Report on horse surra - Volume II, Part I
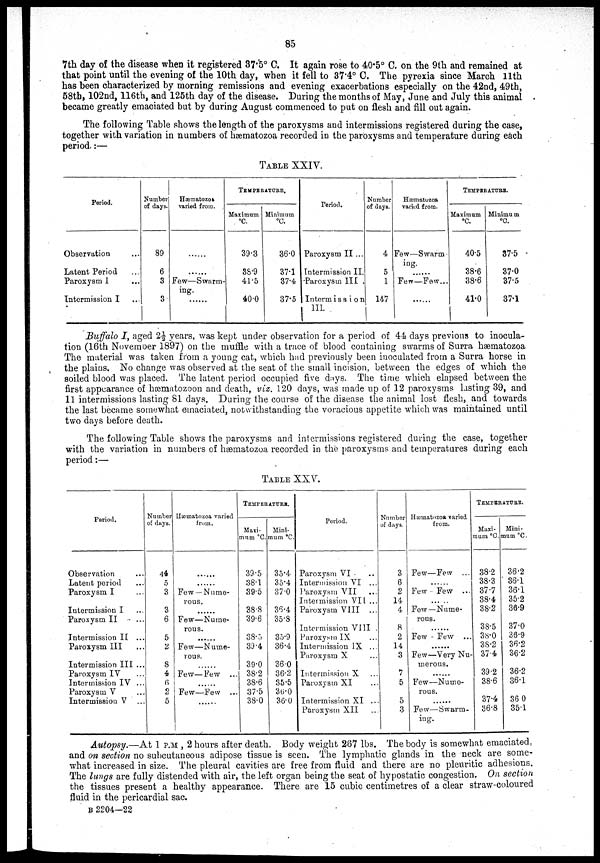
85
7th day of the disease when it registered 37.5° C. It again rose to 40.5° C. on the 9th and remained at
that point until the evening of the 10th day, when it fell to 37.4° C. The pyrexia since March 11th
has been characterized by morning remissions and evening exacerbations especially on the 42nd, 49th,
58th, 102nd, 116th, and 125th day of the disease. During the months of May, June and July this animal
became greatly emaciated but by during August commenced to put on flesh and fill out again.
The following Table shows the length of the paroxysms and intermissions registered during the case,
together with variation in numbers of hæmatozoa recorded in the paroxysms and temperature during each
period.:—
TABLE XXIV.
Period.
Observation ...
Latent Period ...
Paroxysm
I
...
Intermission I ...
Number
of days.
89
6
3
3
Hæmatozoa
varied from.
......
......
Few—Swarm-
ing.
TEMPERATURE.
Maximum
°C.
39.3
38.9
41.5
40.0
Minimum
°C.
36.0
37.1
37.4
37.5
Period.
Paroxysm II ...
Intermission II.
Paroxysm III.
Intermission
III.
Number
of days.
4
5
1
147
Hæmatozoa
varied from.
Few—Swarm-
ing.
Few—Few...
......
TEMPERATURE.
Maximum
°C.
40.5
38.6
38.6
41.0
Minium m
°C.
37.5
37.0
37.5
37.1
Buffalo I, aged 2½ years, was kept under observation for a period of 44 days previous to inocula-
tion (16th November 1897) on the muffle with a trace of blood containing swarms of Surra hæmatozoa
The material was taken from a young cat, which had previously been inoculated from a Surra horse in
the plains. No change was observed at the seat of the small incision, between the edges of which the
soiled blood was placed. The latent period occupied five days. The time which elapsed between the
first appearance of hæmatozoon and death, viz. 120 days, was made up of 12 paroxysms lasting 39, and
11 intermissions lasting 81 days. During the course of the disease the animal lost flesh, and towards
the last became somewhat emaciated, notwithstanding the voracious appetite which was maintained until
two days before death.
The following Table shows the paroxysms and intermissions registered during the case, together
with the variation in numbers of hæmatozoa recorded in the paroxysms and temperatures during each
period:—
TABLE XXV.
Period.
Observation ...
Latent period ...
Paroxysm I ...
Intermission I ...
Paroxysm II
...
Intermission II ...
Paroxysm III ...
Intermission III ...
Paroxysm IV ...
Intermission IV ...
Paroxysm V ...
Intermission V ...
Number
of days.
44
5
3
3
6
5
2
8
4
6
2
5
Hæmatozoa varied
from.
......
......
Few —Nume-
rous.
......
Few—Nume-
rous.
......
Few—Nume-
rous.
......
Few—Few ...
......
Few—Few ...
......
TEMPERATURE.
Maxi-
Mini-
mum °C. mum °C.
39.5
38.1
39.5
38.8
39.6
38.5
39.4
39.0
38.2
38.6
37.5
38.0
35.4
35.4
37.0
36.4
35.8
35.9
Period.
Paroxysm VI . ..
Intermission VI ...
Paroxysm VII ...
Intermission VII ...
Paroxysm VIII ...
Intermission VIII .
Paroxysm IX ...
36.4 Intermission IX ...
36.0
36.2
35.5
36.0
36.0
Paroxysm X
Intermission X
Paroxysm XI
Intermission XI ...
Paroxysm XII
Number
of days.
3
6
2
14
4
8
2
14
3
7
5
5
3
Hæmatozoa varied
from.
Few—Few ...
......
Few - Few ...
Few—Nume-
rous.
.......
Few - Few ...
Few—Very Nu-
merous.
......
Few—Nume-
rous.
......
Few—Swarm-
ing.
TEMPERATURE.
Maxi-
mum °C.
38.2
38.3
37.7
38.4
38.2
38.5
38.0
Mini-
mum °C.
36.2
36.1
36.1
35.2
36.9
37.0
36.9
38.2 | 36.2
37.4
39.2
38.6
37.4
36.8
36.2
36.2
36.1
36.0
35.1
Autopsy.—At 1 P.M , 2 hours after death. Body weight 267 lbs. The body is somewhat emaciated,
and on section no subcutaneous adipose tissue is seen. The lymphatic glands in the neck are some-
what increased in size. The pleural cavities are free from fluid and there are no pleuritic adhesions.
The lungs are fully distended with air, the left organ being the seat of hypostatic congestion. On section
the tissues present a healthy appearance. There are 15 cubic centimetres of a clear straw-coloured
fluid in the pericardial sac.
B 2204 —22